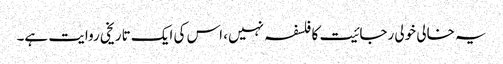
یہ خالی خولی رجائیت کا فلسفہ نہیں، اس کی ایک تاریخی روایت ہے۔